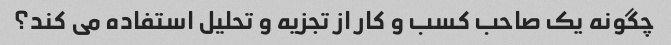
چگونه یک صاحب کسب و کار از تجزیه و تحلیل استفاده می کند؟